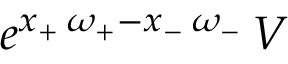
e ^ { x _ { + } \, \omega _ { + } - x _ { - } \, \omega _ { - } } \, V